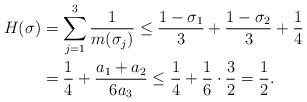
LaTeX: \begin{align*}H(\sigma)&=\sum_{j=1}^3\frac {1}{m(\sigma_j)}\le\frac{1-\sigma_1}{3}+\frac{1-\sigma_2}{3}+\frac 14\\&=\frac 14+\frac{a_1+a_2}{6a_3}\le\frac 14+\frac 16 \cdot \frac 32=\frac 12.\end{align*}